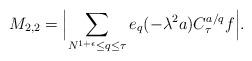
LaTeX: \begin{align*} M _{2,2} = \Bigl\lvert \sum_{N ^{ 1+ \epsilon } \leq q \leq \tau } e_q (- \lambda ^2 a) C ^{a/q} _{\tau } f \Bigr\rvert. \end{align*}